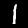
Label: 1